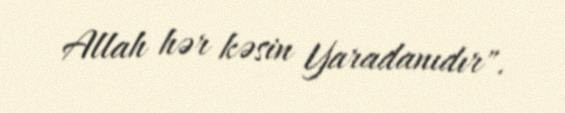
Allah hər kəsin Yaradanıdır".